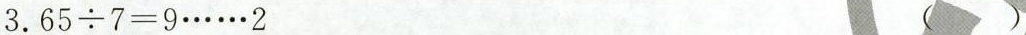
3. $$6 5 \div 7 = 9 …… 2$$ ()